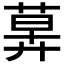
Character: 𦳕